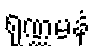
ရုဏ္ဏမနံ